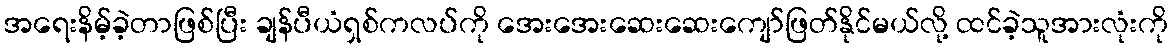
အရေးနိမ့်ခဲ့တာဖြစ်ပြီး ချန်ပီယံရှစ်ကလပ်ကို အေးအေးဆေးဆေးကျော်ဖြတ်နိုင်မယ်လို့ ထင်ခဲ့သူအားလုံးကို